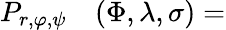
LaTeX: \begin{array}{rl}{P_{r,\varphi,\psi}}&{{}(\Phi,\lambda,\sigma)=}\end{array}